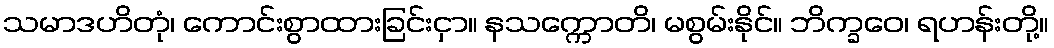
သမာဒဟိတုံ၊ ကောင်းစွာထားခြင်းငှာ။ နသက္ကောတိ၊ မစွမ်းနိုင်။ ဘိက္ခဝေ၊ ရဟန်းတို့။